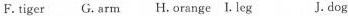
F.tiger G.arm H.orange I.leg J.dog